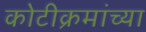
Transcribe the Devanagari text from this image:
कोटीक्रमांच्या